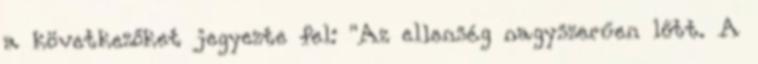
a következőket jegyezte fel: "Az ellenség nagyszerűen lőtt. A